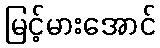
မြင့်မားအောင်